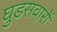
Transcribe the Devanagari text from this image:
घुडसवारों